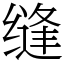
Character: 缝